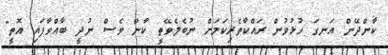
ކާންދޭން އަނގަ ހުޅުވުން ރައްކާތެރިކަމަށް ނުބެލެވޭތީ ކާން ވެސް ނުދީ ބާއްވާފައި އޮތީ"